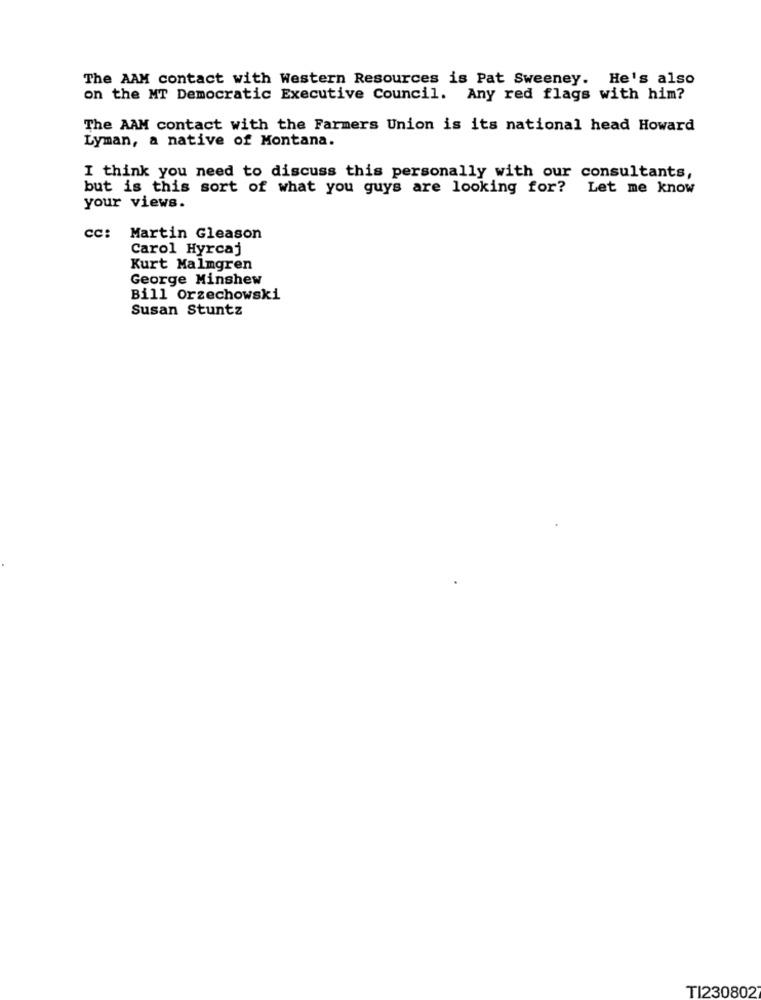
The AAM contact with Western Resources is Pat Sweeney. He's also
on the MT Democratic Executive Council. Any red flags with him?
The AAM contact with the Farmers Union is its national head Howard
Lyman, a native of Montana.
I think you need to discuss this personally with our consultants,
but is this sort of what you guys are looking for? Let me know
your views.
cc: Martin Gleason
Carol Hyrcaj
Kurt Malmgren
George Minshew
Bill Orzechowski
Susan Stuntz
TI2308027